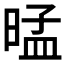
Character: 𰖕